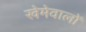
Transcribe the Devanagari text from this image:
खेमेवालों